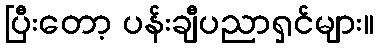
ပြီးတော့ ပန်းချီပညာရှင်များ။